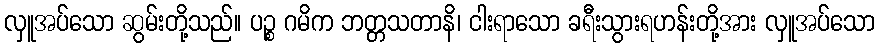
လှူအပ်သော ဆွမ်းတို့သည်။ ပဉ္စ ဂမိက ဘတ္တသတာနိ၊ ငါးရာသော ခရီးသွားရဟန်းတို့အား လှူအပ်သော